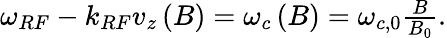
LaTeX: \begin{array}{r}{\omega_{RF}-k_{RF}v_{z}\left(B\right)=\omega_{c}\left(B\right)=\omega_{c,0}\frac{B}{B_{0}}.}\end{array}